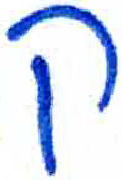
אות: ק